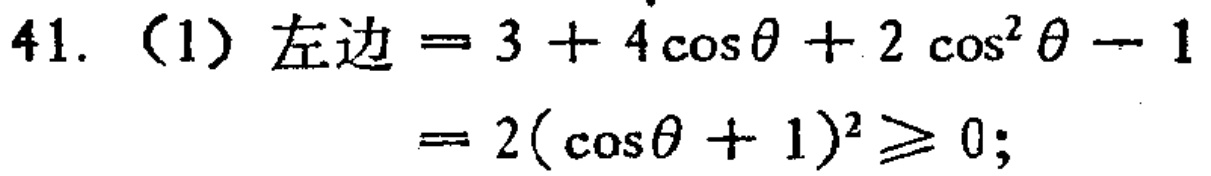
\(41.\ (1)\ 左边 = 3 + 4\cos\theta + 2\cos^{2}\theta - 1\\= 2(\cos\theta + 1)^{2}\geq 0;\)